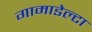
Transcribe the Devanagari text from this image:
गामाडेल्टा